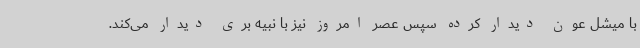
با میشل عون دیدار کرده سپس عصر امروز نیز با نبیه بری دیدار می‌کند.